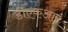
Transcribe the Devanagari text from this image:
डीएफआर